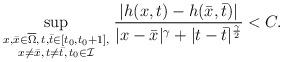
LaTeX: \begin{align*}\sup_{\genfrac{}{}{0pt}{}{\scriptstyle{x,\bar x\in \overline{\Omega},\, t,\bar t\in[t_0,t_0+1],}}{\scriptstyle{x \not= \bar x,\, t \not= \bar t,\, {t_0\in {\cal I}}}}} \frac{|h(x,t)-h(\bar x,\bar t)|}{|x-\bar x|^\gamma+|t-\bar t|^{\frac{\gamma}{2}}}< C.\end{align*}